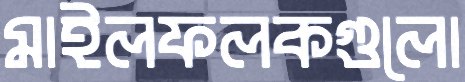
মাইলফলকগুলো